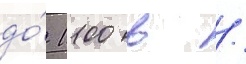
до́ 1100 в /